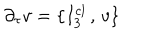
\partial _ { \tau } v = \{ I _ { 3 } ^ { c l } \, , \, v \}